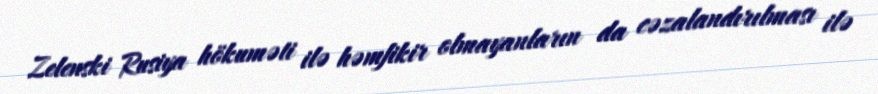
Zelenski Rusiya hökuməti ilə həmfikir olmayanların da cəzalandırılması ilə